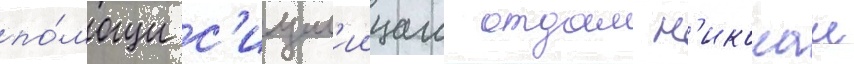
по́мощи с'ицил'иицам отдал н'иколаи